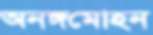
অনঙ্গমোহন